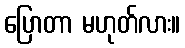
ပြောတာ မဟုတ်လား။